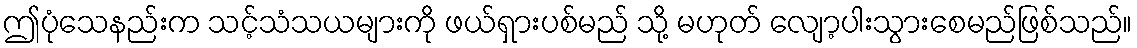
ဤပုံသေနည်းက သင့်သံသယများကို ဖယ်ရှားပစ်မည် သို့ မဟုတ် လျော့ပါးသွားစေမည်ဖြစ်သည်။